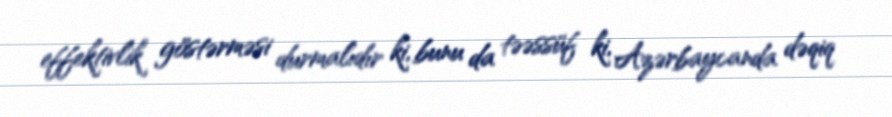
effektivlik göstərməsi durmalıdır ki, bunu da təəssüf ki, Azərbaycanda dəqiq